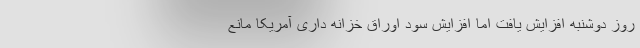
روز دوشنبه افزایش یافت اما افزایش سود اوراق خزانه داری آمریکا مانع